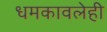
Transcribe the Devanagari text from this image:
धमकावलेही